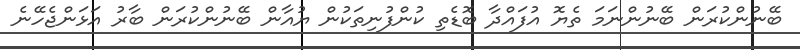
ބޭނުންކުރަން ބޭނުންނަމަ ތެޔޮ އުފައްދާ ބޮޑެތި ކުންފުނިތަކުން ޔުއާން ބޭނުންކުރަން ބާރު އަޅަންޖެހޭނެ